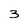
Character: 3